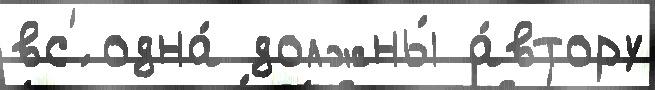
вс'́ одна́ должны́ а́втору